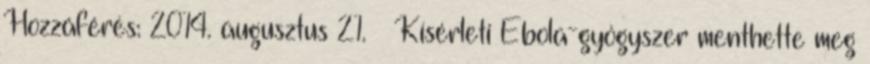
Hozzáférés: 2014. augusztus 21. ↑ Kísérleti Ebola-gyógyszer menthette meg